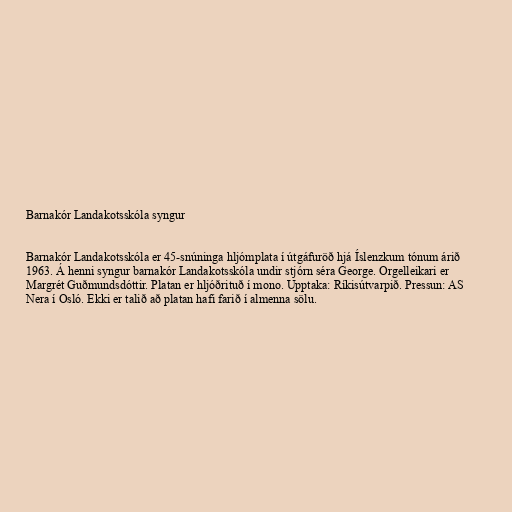
Barnakór Landakotsskóla syngur

Barnakór Landakotsskóla er 45-snúninga hljómplata í útgáfuröð hjá Íslenzkum tónum árið
1963. Á henni syngur barnakór Landakotsskóla undir stjórn séra George. Orgelleikari er
Margrét Guðmundsdóttir. Platan er hljóðrituð í mono. Upptaka: Ríkisútvarpið. Pressun: AS
Nera í Osló. Ekki er talið að platan hafi farið í almenna sölu.